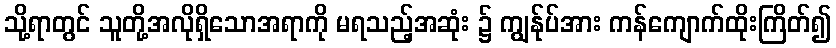
သို့ရာတွင် သူတို့အလိုရှိသောအရာကို မရသည့်အဆုံး ၌ ကျွန်ုပ်အား ကန်ကျောက်ထိုးကြိတ်၍